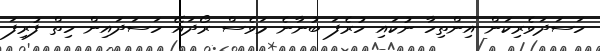
ހަސަދަވެރިކަން އިންތިހާ ނުކައި ހުރެފަ ބުނާނެ މަވެސް ރޯދައޭ ހަސަދައިން ހިތް ފުރިފަ